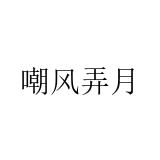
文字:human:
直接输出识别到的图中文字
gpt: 嘲风弄月